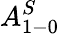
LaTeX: A_{1-0}^{S}